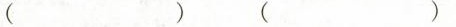
( ) ( )